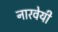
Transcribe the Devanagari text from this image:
नारवेयी